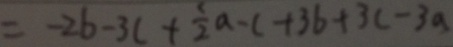
= 2 b - 3 c + \frac { 1 } { 2 } a - c + 3 b + 3 c - 3 a